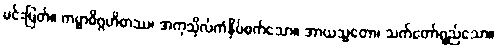
မင်းမြတ်။ ကမ္မာဓိဂ္ဂဟိတဿ၊ အကုသိုလ်ကံနှိပ်စက်သော။ အာယသ္မတော၊ သက်တော်ရှည်သော။